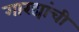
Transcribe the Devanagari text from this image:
गारद्यांची